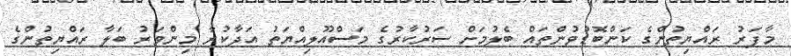
މާފަރު ރައްޔިތުންގެ ކަންބޮޑުވުންތައް ބެލުމަށް ސަރުކާރުގެ މަސްއޫލިއްޔަތު އަދާކުރާ މިންވަރު ބަލާ ރައްޔިތުންގެ